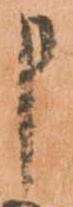
申